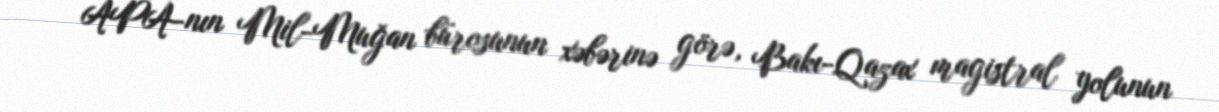
APA-nın Mil-Muğan bürosunun xəbərinə görə, Bakı-Qazax magistral yolunun